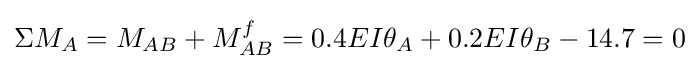
\Sigma M_{A}=M_{AB}+M_{AB}^{f}=0.4EI\theta _{A}+0.2EI\theta _{B}-14.7=0